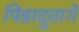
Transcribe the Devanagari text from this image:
पिन्नादुवागे